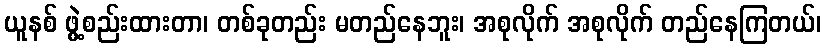
ယူနစ် ဖွဲ့စည်းထားတာ၊ တစ်ခုတည်း မတည်နေဘူး၊ အစုလိုက် အစုလိုက် တည်နေကြတယ်၊